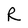
Character: R